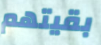
بقيتهم